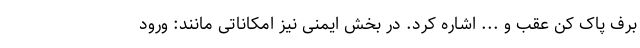
برف پاک کن عقب و ... اشاره کرد. در بخش ایمنی نیز امکاناتی مانند: ورود